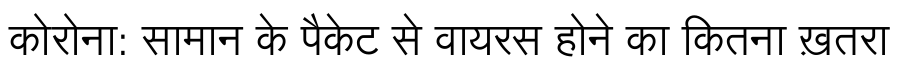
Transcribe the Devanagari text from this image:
कोरोना: सामान के पैकेट से वायरस होने का कितना ख़तरा